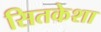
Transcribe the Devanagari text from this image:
सितकेशा